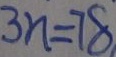
3 n = 7 8